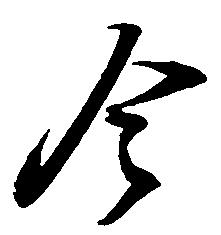
令